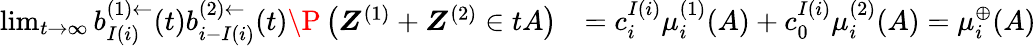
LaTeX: \begin{array}{rl}{\operatorname*{lim}_{t\to\infty}b_{I(i)}^{(1)\leftarrow}(t)b_{i-I(i)}^{(2)\leftarrow}(t)\P\left(\boldsymbol Z^{(1)}+\boldsymbol Z^{(2)}\in tA\right)}&{=c_{i}^{I(i)}\mu_{i}^{(1)}(A)+c_{0}^{I(i)}\mu_{i}^{(2)}(A)=\mu_{i}^{\oplus}(A)}\end{array}